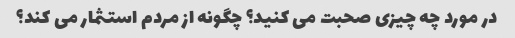
در مورد چه چیزی صحبت می کنید؟ چگونه از مردم استثمار می کند؟